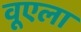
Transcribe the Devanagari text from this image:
वूएला